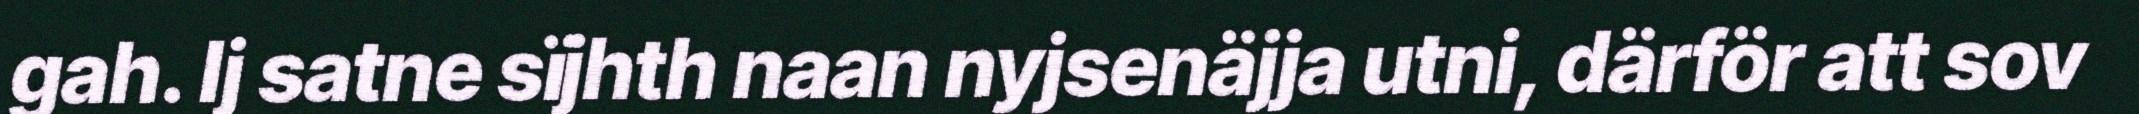
gah. Ij satne sïjhth naan nyjsenäjja utni, därför att sov